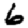
Digit: 6